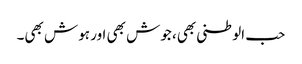
حب الوطنی بھی، جوش بھی اور ہوش بھی۔